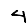
Digit: 4